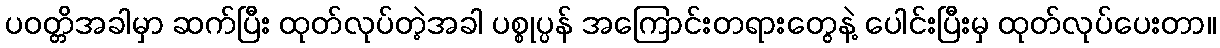
ပဝတ္တိအခါမှာ ဆက်ပြီး ထုတ်လုပ်တဲ့အခါ ပစ္စုပ္ပန် အကြောင်းတရားတွေနဲ့ ပေါင်းပြီးမှ ထုတ်လုပ်ပေးတာ။